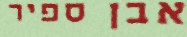
אבן ספיר